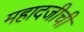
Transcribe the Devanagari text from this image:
महादजीची